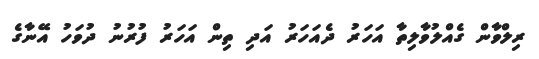
ރިލްވާން ގެއްލުވާލިތާ އަހަރު ދެއަހަރު އަދި ތިން އަހަރު ފުރުނު ދުވަހު އޭނާގެ